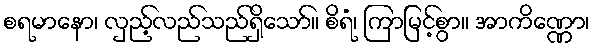
စရမာနော၊ လှည့်လည်သည်ရှိသော်။ စိရံ၊ ကြာမြင့်စွာ။ အာကိဏ္ဏော၊